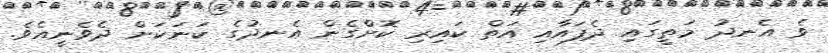
ވެ އެނދު މަތީގައި ދެފައާއި އަތް ކައިރި ކޮޮށްގެން އެނދުގެ ކަނަކަށް ދެވެނީއެވެ.